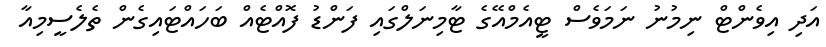
އަދި އިވެންޓް ނިމުނު ނަމަވެސް ޓީއެމްއޭގެ ޓާމިނަލްގައި ފަންޑު ފޮއްޓެއް ބަހައްޓައިގެން ތެލެސީމިއާ